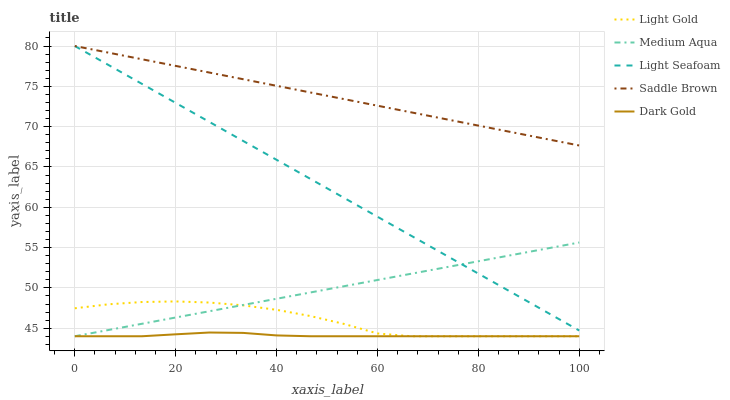
| xaxis_label | Light Gold | Medium Aqua | Light Seafoam | Saddle Brown | Dark Gold |
 | --- | --- | --- | --- | --- | --- |
 | 0 | 47.5 | 44 | 80 | 80 | 44 |
 | 6.67 | 48 | 44.8 | 77.6 | 79.2 | 44 |
 | 13.3 | 48.2 | 45.6 | 75.3 | 78.4 | 44 |
 | 20 | 48.3 | 46.3 | 72.9 | 77.5 | 44.2 |
 | 26.7 | 48.2 | 47.1 | 70.6 | 76.7 | 44.5 |
 | 33.3 | 47.8 | 47.9 | 68.2 | 75.9 | 44.4 |
 | 40 | 47.3 | 48.7 | 65.9 | 75.1 | 44.1 |
 | 46.7 | 46.5 | 49.4 | 63.5 | 74.2 | 44 |
 | 53.3 | 45.5 | 50.2 | 61.2 | 73.4 | 44 |
 | 60 | 44.3 | 51 | 58.8 | 72.6 | 44 |
 | 66.7 | 44 | 51.8 | 56.5 | 71.8 | 44 |
 | 73.3 | 44 | 52.5 | 54.1 | 71 | 44 |
 | 80 | 44 | 53.3 | 51.8 | 70.1 | 44 |
 | 86.7 | 44 | 54.1 | 49.4 | 69.3 | 44 |
 | 93.3 | 44 | 54.9 | 47.1 | 68.5 | 44 |
 | 100 | 44 | 55.6 | 44.7 | 67.7 | 44 |